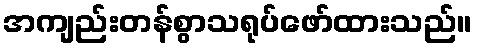
အကျည်းတန်စွာသရုပ်ဖော်ထားသည်။